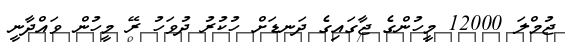
ޖުމްލަ 12000 މީހުންގެ ޖާގައިގެ ދަނޑަށް ހުކުރު ދުވަހު ރޭ މީހުން ވައްދާނީ